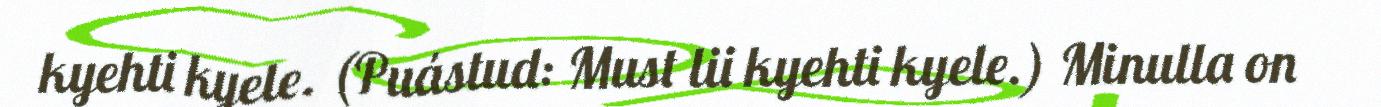
kyehti kyele. (Puástud: Must lii kyehti kyele.) Minulla on